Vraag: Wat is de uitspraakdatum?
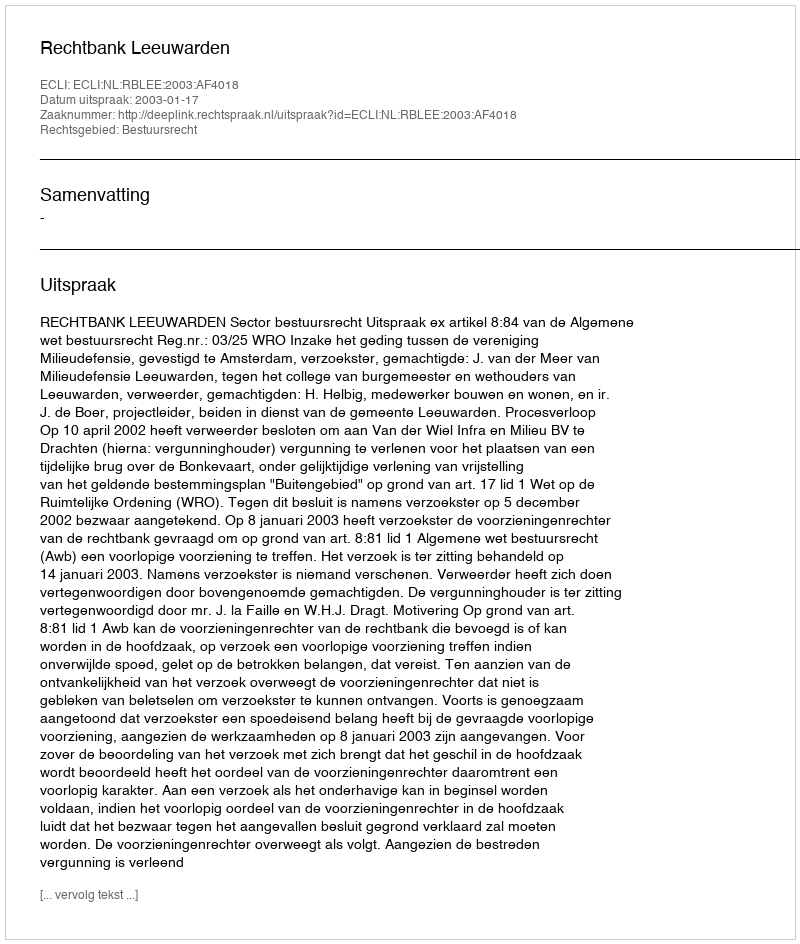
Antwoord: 2003-01-17